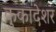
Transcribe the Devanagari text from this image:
कुकादेशर